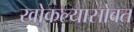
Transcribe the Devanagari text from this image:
खोकल्यासोबत